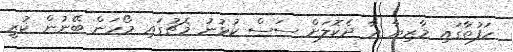
ހަފުތާގައި މާޒިޔާ އާ ދެކޮލަށް ސަސް ކުޅުނު މެޗުގައި މޯހަން ބޭނުން ކުރީ